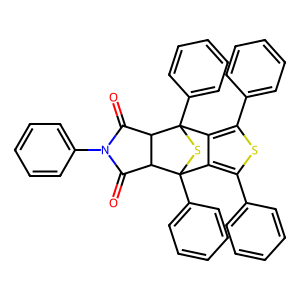
SMILES: O=C1C2C(C(=O)N1c1ccccc1)C1(c3ccccc3)SC2(c2ccccc2)c2c(-c3ccccc3)sc(-c3ccccc3)c21
Inhibits HIV replication: No